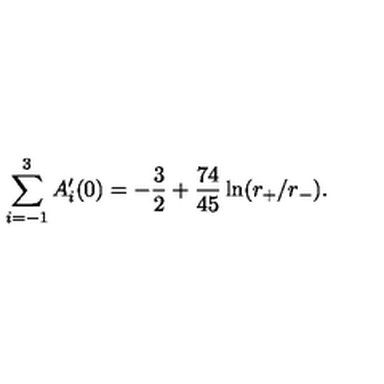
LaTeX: \sum _ { i = - 1 } ^ { 3 } A _ { i } ^ { \prime } ( 0 ) = - { \frac { 3 } { 2 } } + { \frac { 7 4 } { 4 5 } } \ln ( r _ { + } / r _ { - } ) .